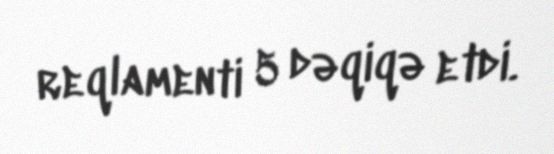
reqlamenti 5 dəqiqə etdi.